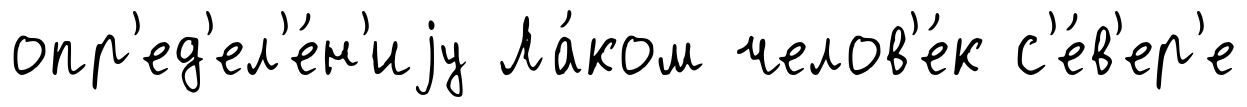
опр'ед'ел'е́н'иjу Ла́ком челов'е́к с'е́в'ер'е